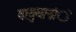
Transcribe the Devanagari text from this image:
वायुयानांे